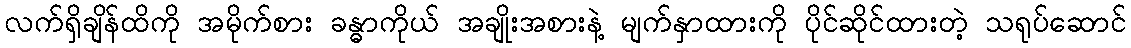
လက်ရှိချိန်ထိကို အမိုက်စား ခန္ဓာကိုယ် အချိုးအစားနဲ့ မျက်နှာထားကို ပိုင်ဆိုင်ထားတဲ့ သရုပ်ဆောင်